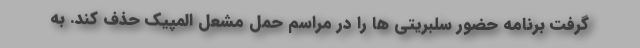
گرفت برنامه حضور سلبریتی ها را در مراسم حمل مشعل المپیک حذف کند. به